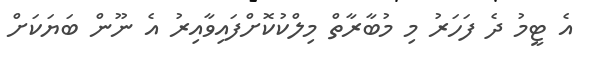
އެ ޓީމު ދެ ފަހަރު މި މުބާރާތް މިލްކުކޮށްފައިވާއިރު އެ ނޫން ބަޔަކަށް